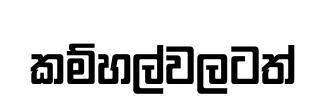
කම්හල්වලටත්